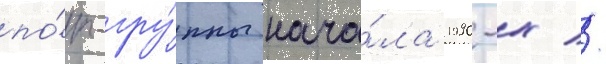
по́п-гру́ппы нача́ла 1990-х //